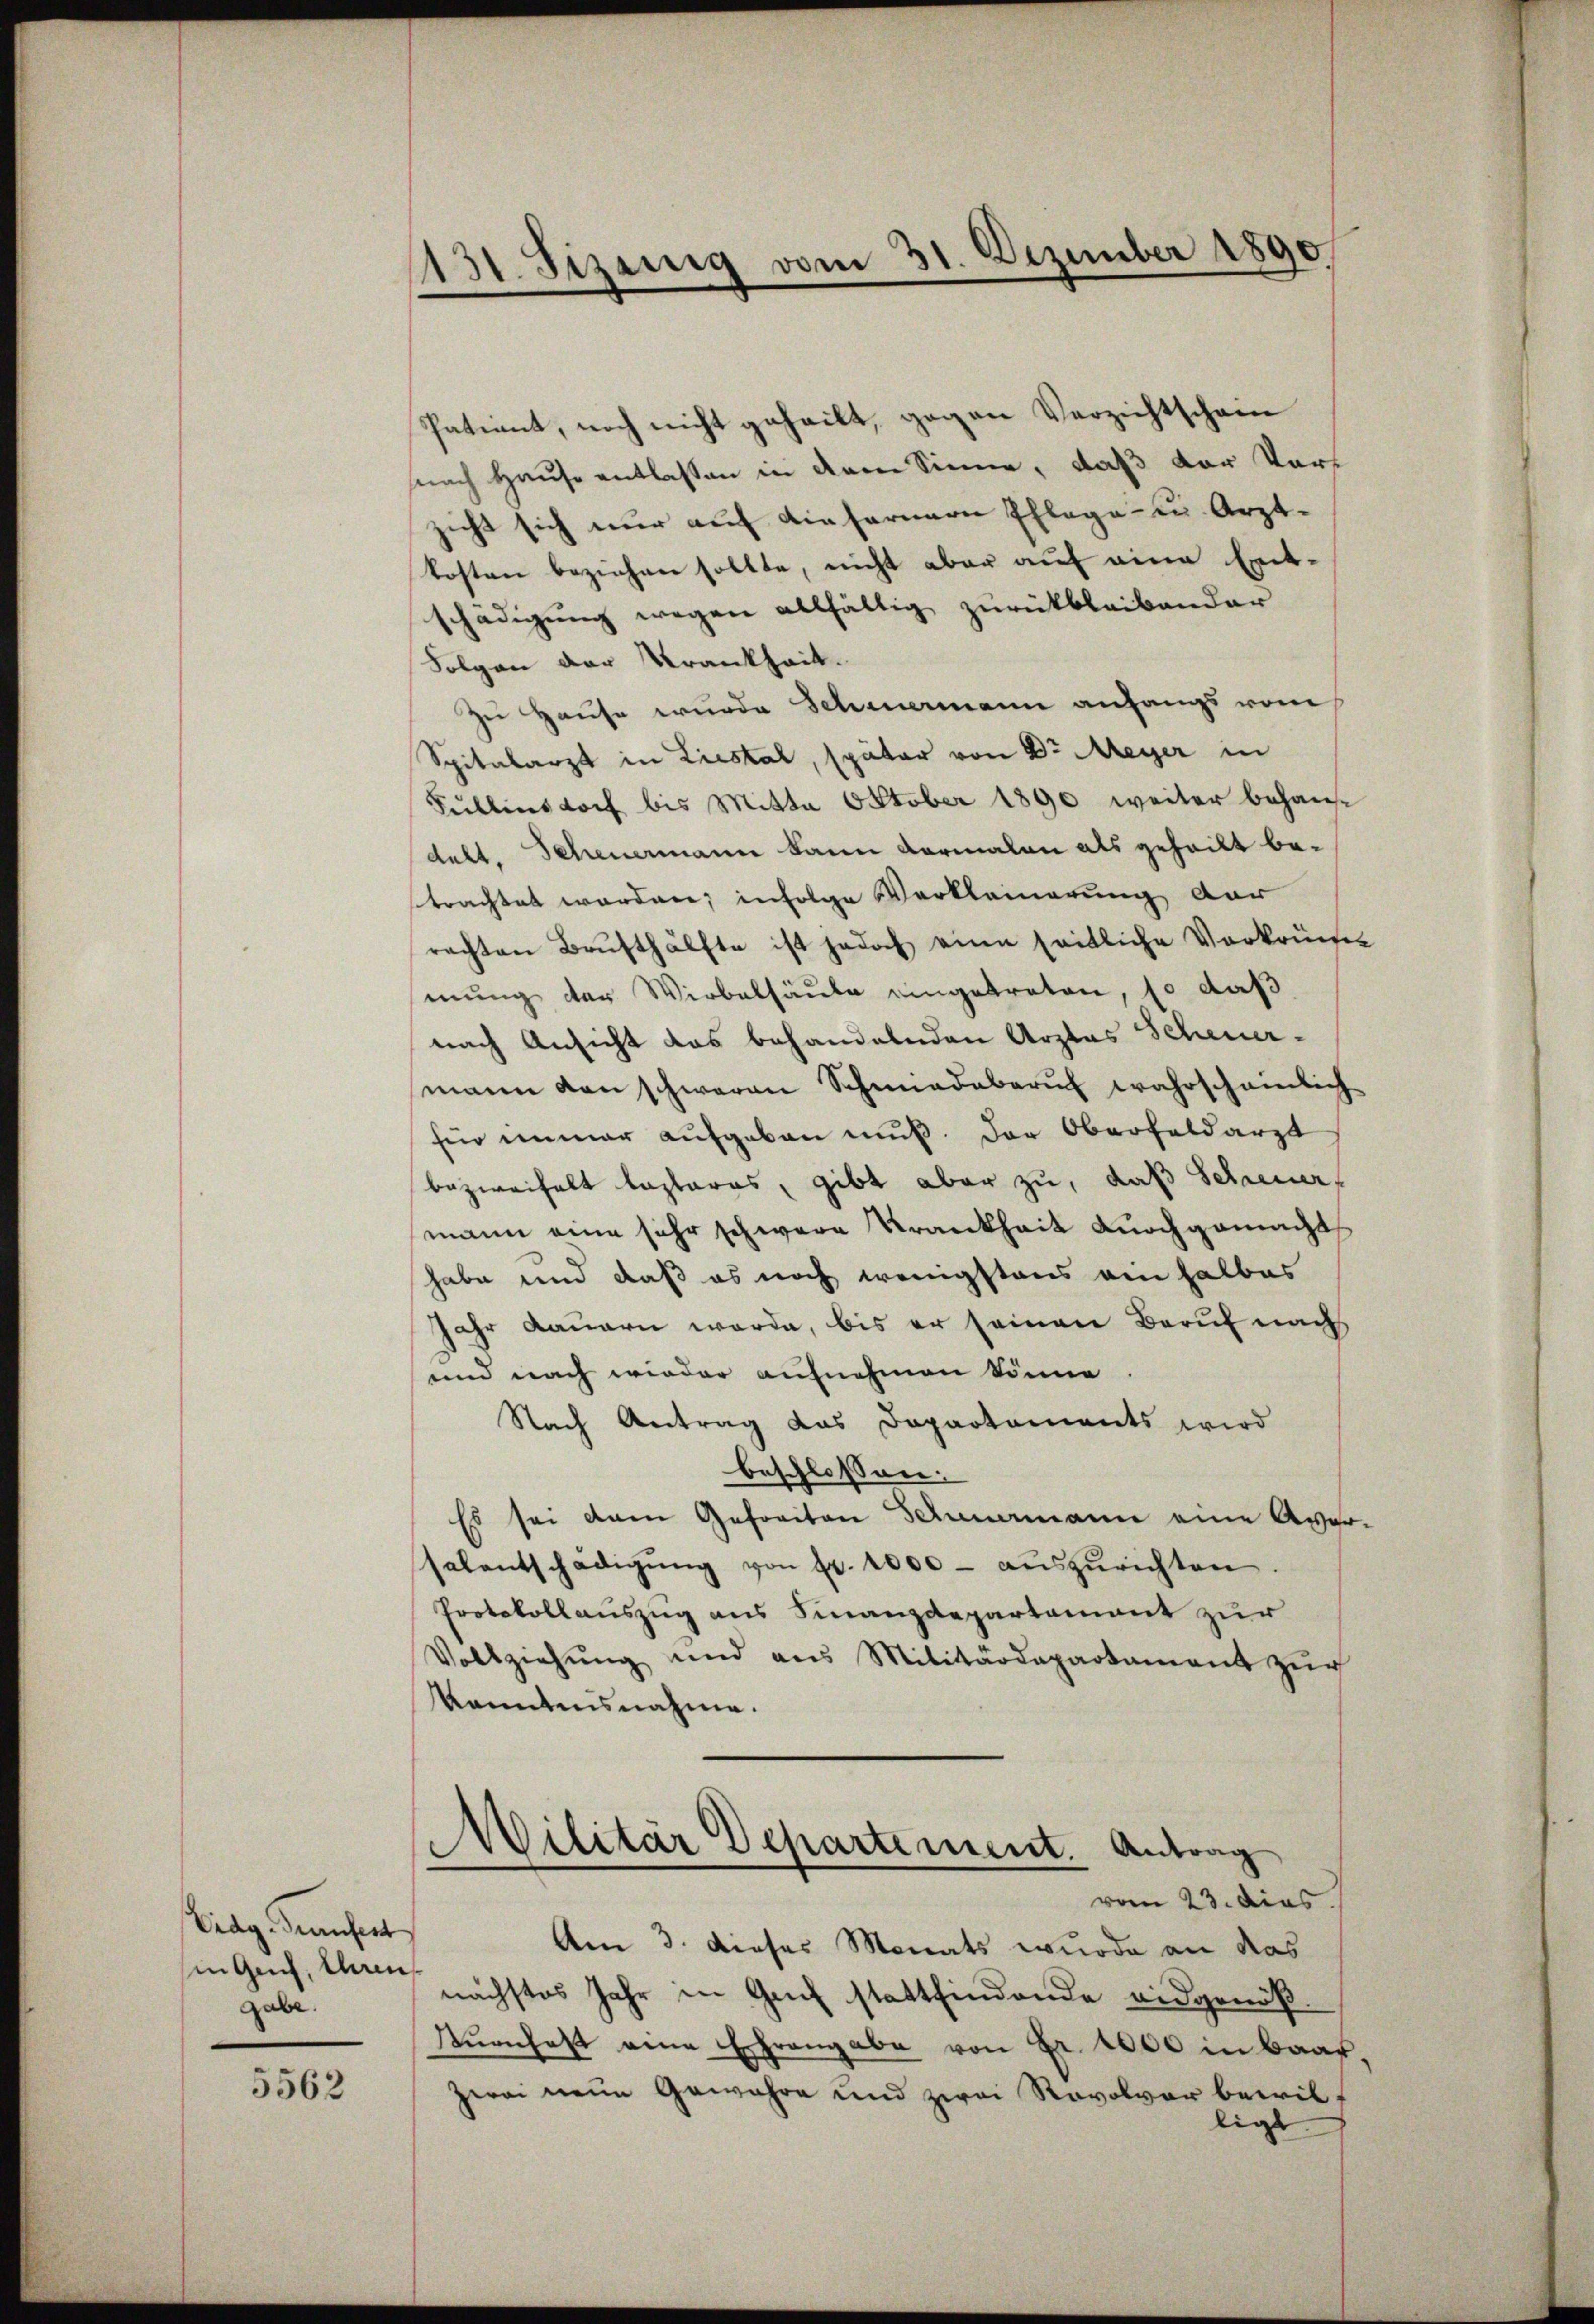
Erag. Genfest
in Gech, ihren,
gabe.

5562

1131. Sizenig vom 31. Dezember 1890

Patient, noch nicht geheilt, gegen Verzichtschan
fnach Hause entlassen in dem Sinne, daß der Vorzicht sich nur auf diefernern Pflege zu. Arzt-
kosten beziehen sollte, nicht aber auf eine Entschädigung wegen allfältig zurückbleibender
Folgen der Krankheit.
zu Hause wurde Schwermann anfangs vom
Spitalarzt in Liestal, später von Dr Meyer in
Füllensdorf bis Mitta October 1890 weiter behause
delt. Scheuermann kann darmalen als geheilt betrachtet worden; infolge Verkleinerung der
rachten Brusthälfte ist jedoch eine seitliche Verkreises
mung der Wirbelsäule eingetreten, so daß
nach Ansicht das behandelnden Arztes Scheuermann von schweren Schmiedberuf wahrscheinlich
für immer aufgeben muß. Der Oberfeldarzt
bezweifelt lasteres, gibt aber zu, daß Schreuer,
mann eine sehr schwere Krankheit durchgemacht
habe und daß es noch wenigstens ein halbes
Jahr dauern werde, bis er seinen Beruf nach
und nach wieder aufnehmen könne
Nach Antrag das Departements wird
beschlossen:
Es sei dem Gefreiten Schauermann eine Aversalentschädigŭng von fr. 1000 - auszurichten
Protokollauszug aus Finanzdepartement zur
Vollziehŭng und aus Militärdepartament zŭr
kanntensnahme.

Wilitär Departement. Antrag
vom 23. dies

Am 3. dieses Monats wurde an das
nächstes Jahr in Genf stattfindende eidgenöß¬
Tŭrnhaft eine Erfrangabe von Fr. 1000 in Baar,
zwei neue Gewahre und zwei Revolver bewilligt